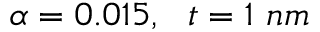
\alpha = 0 . 0 1 5 , \ \ t = 1 \ { n m }